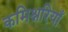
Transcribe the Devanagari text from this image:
कमिश्नरियाँ